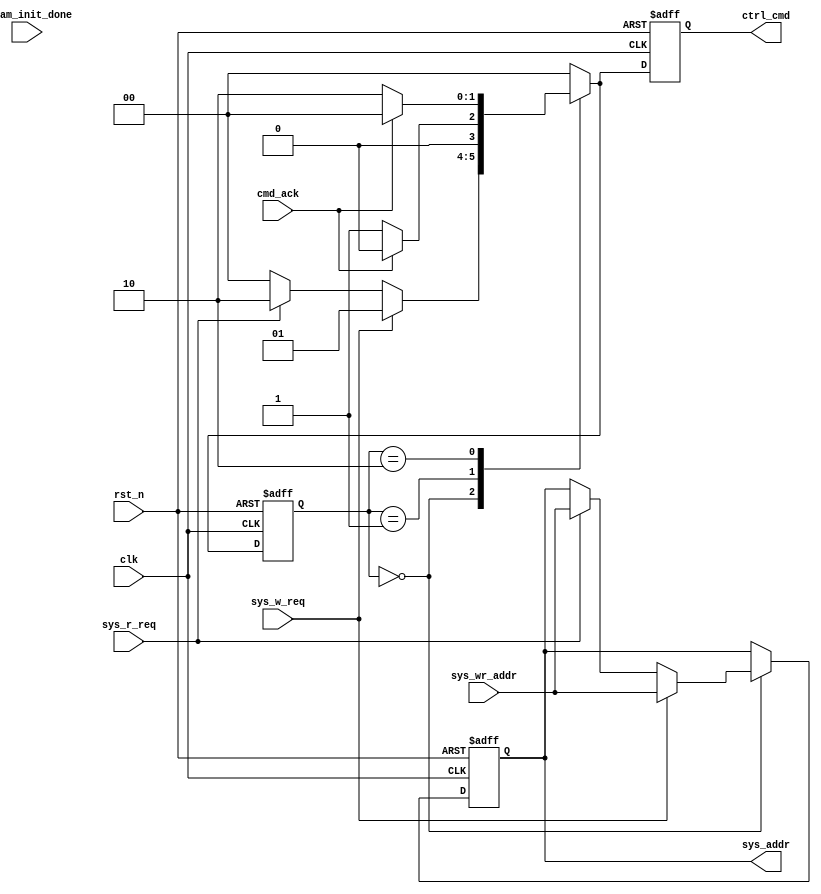

`timescale 1ns / 1ps
//---------------------------------------------------
//-- 
module sdram_ctrl(
input 							clk			,
input							rst_n		,
	
input							sys_w_req	,
input							sys_r_req	,
input				[21:0]		sys_wr_addr	,


	
input 							sdram_init_done	,
input							cmd_ack		,
output		reg		[1:0]		ctrl_cmd	,
output		reg		[21:0]		sys_addr 	
);
//---------------------------------------------------
//-- 
//---------------------------------------------------
reg					[1:0]		state		;


//---------------------------------------------------
//-- 
//---------------------------------------------------



//---------------------------------------------------
//-- 
always @ (posedge clk or negedge rst_n) begin
    if(!rst_n) begin
    	state <= 'b00 ;
    	sys_addr <= 'b0 ;
    	ctrl_cmd <= 'b0 ;
    end
    else  begin
    	case (state) 
    	    2'b00 : begin
    	        if (sys_w_req) begin
    	        	state <= 'b01 ;
    	        	ctrl_cmd <= 'b01 ;
    	        	sys_addr <= sys_wr_addr ;
    	        end
    	        else if(sys_r_req) begin
    	        	state <= 'b10 ;
    	        	ctrl_cmd <= 'b10 ;
    	        	sys_addr <= sys_wr_addr ;
    	        end
    	        else begin
    	        	state <= 'b00 ;
    	        	ctrl_cmd <= 'b00 ;
    	        end
    	        
    	    end
    	    2'b01 : begin
    	    	
    	    	if (cmd_ack) begin
    	    		state <= 'b00 ;
    	    		ctrl_cmd <= 'b00 ;
    	    	end
    	    	else begin
    	    		state <= 'b01 ;
    	    		ctrl_cmd <= 'b01 ;
    	    	end
    	        
    	    end
    	    2'b10 : begin
    	        
    	    	if (cmd_ack) begin
    	    		state <= 'b00 ;
    	    		ctrl_cmd <= 'b00 ;
    	    	end
    	    	else begin
    	    		state <= 'b10 ; 
    	    		ctrl_cmd <= 'b10 ;
    	    	end
    	    end
    	    default : begin
    	        state <= 'b00 ;
    	        ctrl_cmd <= 'b00 ;
    	    end
    	endcase
    end
end




endmodule